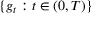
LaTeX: \{ g _ { t } : t \in ( 0 , T ) \}